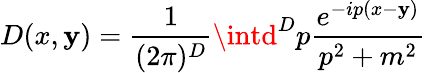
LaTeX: D(x,\mathbf{y})=\frac{{1}}{{(2\pi)^{D}}}\intd^{D}p\frac{{e^{-ip(x-\mathbf{y})}}}{{p^{2}+m^{2}}}